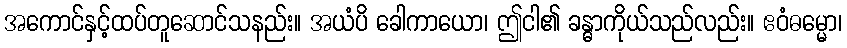
အကောင်နှင့်ထပ်တူဆောင်သနည်း။ အယံပိ ခေါကာယော၊ ဤငါ၏ ခန္ဓာကိုယ်သည်လည်း။ ဧဝံဓမ္မော၊